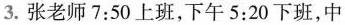
3.张老师7:50上班，下午5:20下班，中